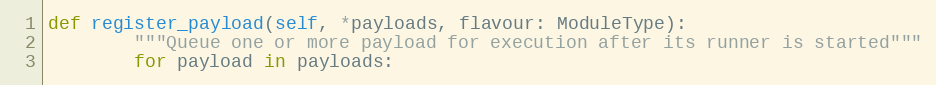
Language: Python
def register_payload(self, *payloads, flavour: ModuleType):
        """Queue one or more payload for execution after its runner is started"""
        for payload in payloads: